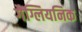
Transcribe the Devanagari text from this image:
गैंग्लियनिक